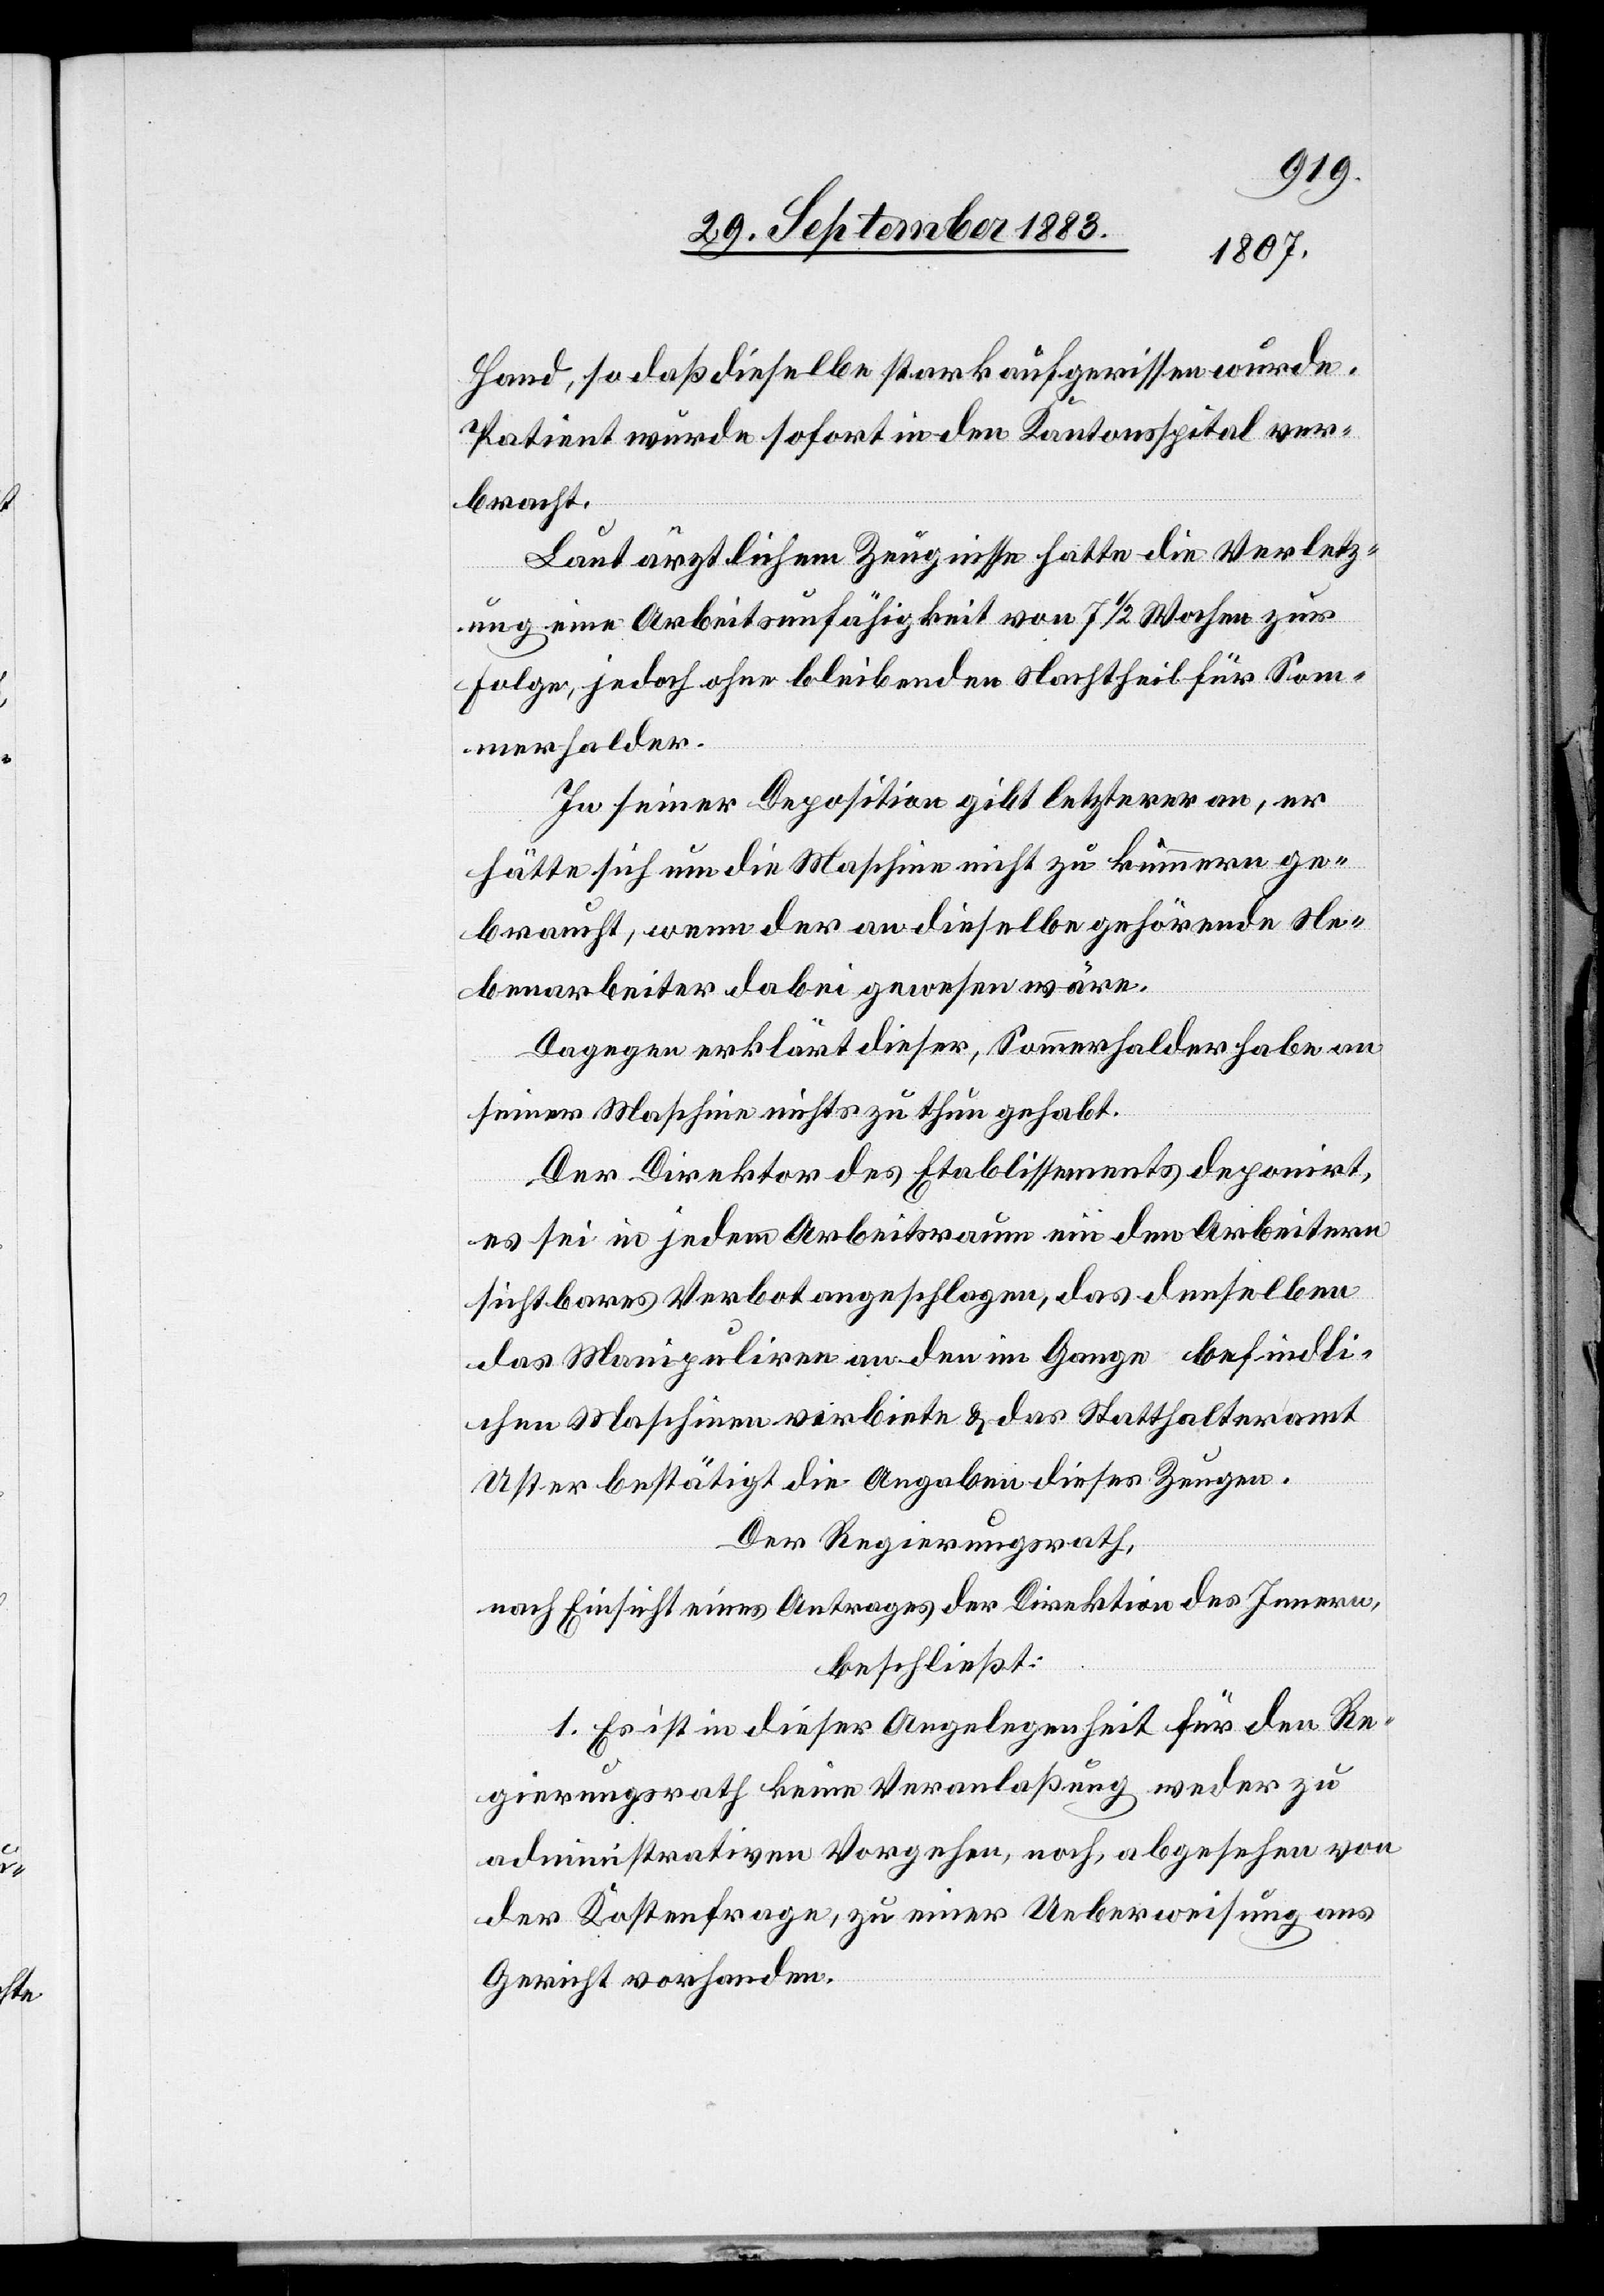
Hand, so daß dieselbe stark aufgerissen wurde.
Patient wurde sofort in den Kantonsspital ver¬
bracht.
Laut ärztlichem Zeugnisse hatte die Verletz¬
ung eine Arbeitsunfähigkeit von 7 1/2 Wochen zur
Folge, jedoch ohne bleibenden Nachtheil für Som¬
merhalder.
In seiner Deposition gibt letzterer an, er
hätte sich um die Maschine nicht zu kümmern ge¬
braucht, wenn der an dieselbe gehörende Ne¬
benarbeiter dabei gewesen wäre.
Dagegen erklärt dieser, Sommerhalder habe an
seiner Maschine nichts zu thun gehabt.
Der Direktor des Etablissements deponirt,
es sei in jedem Arbeitsraum ein den Arbeitern
sichtbares Verbot angeschlagen, das denselben
das Manipuliren an den im Gange befindli¬
chen Maschinen verbiete & das Statthalteramt
Uster bestätigt die Angabe dieses Zeugen.
Der Regierungsrath,
nach Einsicht eines Antrages der Direktion des Innern,
beschließt:
1. Es ist in dieser Angelegenheit für den Re¬
gierungsrath keine Veranlaßung weder zu
administrativem Vorgehen, noch, abgesehen von
der Kostenfrage, zu einer Ueberweisung ans
Gericht vorhanden.